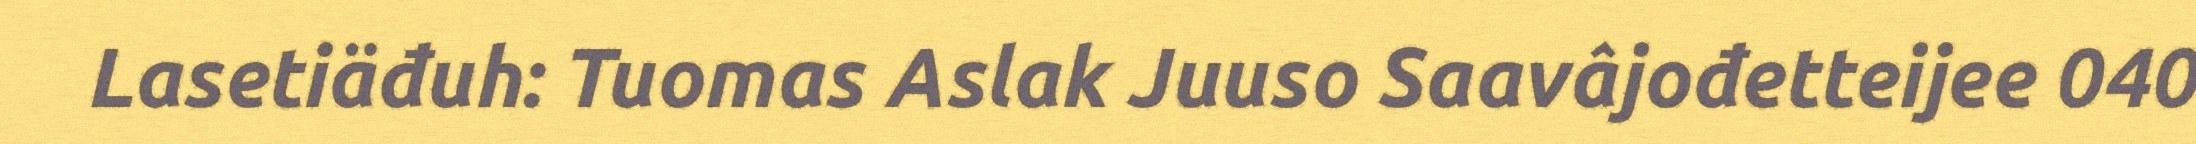
Lasetiäđuh: Tuomas Aslak Juuso Saavâjođetteijee 040